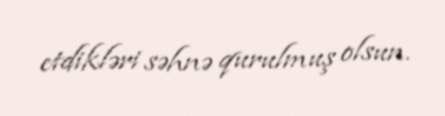
etdikləri səhnə qurulmuş olsun.